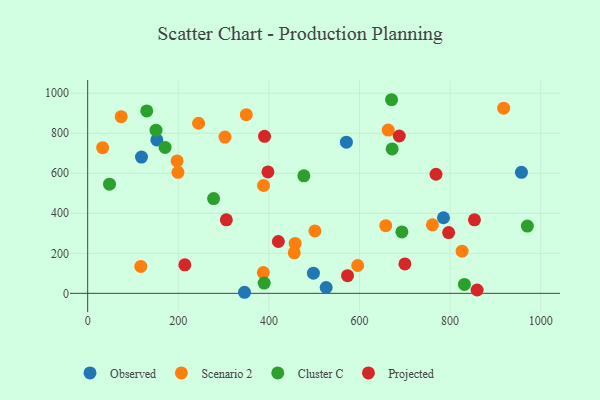
{"axis": {"x": "Price", "y": "Rating"}, "legend": ["Cluster C", "Observed", "Projected", "Scenario 2"], "data": [{"x": "118.8", "y": 681.0, "type": "Observed"}, {"x": "526.4", "y": 29.1, "type": "Observed"}, {"x": "346.2", "y": 5.3, "type": "Observed"}, {"x": "498.3", "y": 100.7, "type": "Observed"}, {"x": "957.5", "y": 604.6, "type": "Observed"}, {"x": "152.7", "y": 766.6, "type": "Observed"}, {"x": "571.1", "y": 755.6, "type": "Observed"}, {"x": "785.4", "y": 377.7, "type": "Observed"}, {"x": "501.6", "y": 312.0, "type": "Scenario 2"}, {"x": "456.0", "y": 202.5, "type": "Scenario 2"}, {"x": "74.0", "y": 882.6, "type": "Scenario 2"}, {"x": "761.0", "y": 342.3, "type": "Scenario 2"}, {"x": "458.0", "y": 249.5, "type": "Scenario 2"}, {"x": "244.8", "y": 850.0, "type": "Scenario 2"}, {"x": "596.1", "y": 139.0, "type": "Scenario 2"}, {"x": "197.4", "y": 661.9, "type": "Scenario 2"}, {"x": "388.2", "y": 538.9, "type": "Scenario 2"}, {"x": "387.7", "y": 103.7, "type": "Scenario 2"}, {"x": "350.1", "y": 892.6, "type": "Scenario 2"}, {"x": "657.9", "y": 338.3, "type": "Scenario 2"}, {"x": "117.3", "y": 134.4, "type": "Scenario 2"}, {"x": "826.5", "y": 210.7, "type": "Scenario 2"}, {"x": "663.4", "y": 815.8, "type": "Scenario 2"}, {"x": "303.1", "y": 780.7, "type": "Scenario 2"}, {"x": "33.0", "y": 727.8, "type": "Scenario 2"}, {"x": "918.3", "y": 925.5, "type": "Scenario 2"}, {"x": "199.3", "y": 604.9, "type": "Scenario 2"}, {"x": "831.6", "y": 44.5, "type": "Cluster C"}, {"x": "970.6", "y": 336.0, "type": "Cluster C"}, {"x": "672.1", "y": 721.7, "type": "Cluster C"}, {"x": "278.0", "y": 473.3, "type": "Cluster C"}, {"x": "48.2", "y": 545.3, "type": "Cluster C"}, {"x": "670.8", "y": 967.5, "type": "Cluster C"}, {"x": "693.6", "y": 307.0, "type": "Cluster C"}, {"x": "150.8", "y": 815.5, "type": "Cluster C"}, {"x": "389.6", "y": 51.1, "type": "Cluster C"}, {"x": "130.4", "y": 911.7, "type": "Cluster C"}, {"x": "170.9", "y": 729.0, "type": "Cluster C"}, {"x": "477.2", "y": 587.2, "type": "Cluster C"}, {"x": "687.8", "y": 786.2, "type": "Projected"}, {"x": "573.6", "y": 88.1, "type": "Projected"}, {"x": "397.9", "y": 606.5, "type": "Projected"}, {"x": "853.8", "y": 367.2, "type": "Projected"}, {"x": "214.5", "y": 142.3, "type": "Projected"}, {"x": "306.1", "y": 367.4, "type": "Projected"}, {"x": "700.2", "y": 147.1, "type": "Projected"}, {"x": "859.7", "y": 16.7, "type": "Projected"}, {"x": "796.8", "y": 303.7, "type": "Projected"}, {"x": "390.4", "y": 784.4, "type": "Projected"}, {"x": "768.9", "y": 595.2, "type": "Projected"}, {"x": "420.9", "y": 259.1, "type": "Projected"}]}